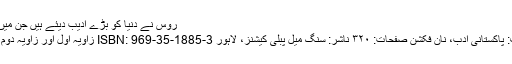
روس نے دنیا کو بڑے ادیب دیئے ہیں جن میں لیو ٹالسٹائی، …	110-زاویہ سوم از اشفاق احمد
زاویہ سوم از اشفاق احمد مصنف: اشفاق احمد صنف: پاکستانی ادب، نان فکشن صفحات: ۳۲۰ ناشر: سنگ میل پبلی کیشنز، لاہور ISBN: 969-35-1885-3 زاویہ اول اور زاویہ دوم کے بعد اب پیش خدمت ہے زاویہ سوم کا تعارف ۔